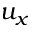
u _ { x }